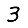
Digit: 3